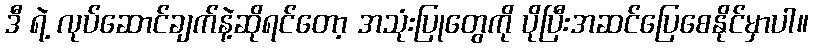
ဒီ ရဲ့ လုပ်ဆောင်ချက်နဲ့ဆိုရင်တော့ အသုံးပြုတွေကို ပိုပြီးအဆင်ပြေစေနိုင်မှာပါ။